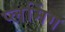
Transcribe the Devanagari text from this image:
प्लमिंग